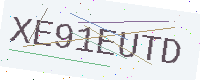
Text: XE91EUTD